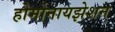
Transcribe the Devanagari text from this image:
होमोनायझेशन